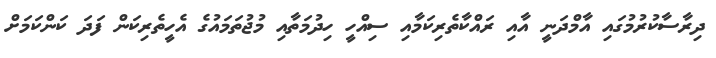
ދިރާސާކުރުމުގައި އާމްދަނީ އާއި ރައްކާތެރިކަމާއި ސިއްހީ ހިދުމަތާއި މުޖުތަމައުގެ އެހީތެރިކަން ފަދަ ކަންކަމަށް